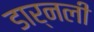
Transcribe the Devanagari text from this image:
डार्नली